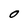
Character: O